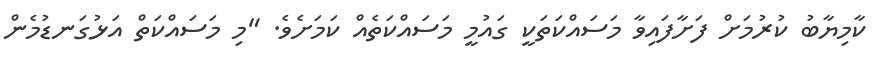
ކާމިޔާބު ކުރުމަށް ފަށާފައިވާ މަސައްކަތަކީ ގައުމީ މަސައްކަތެއް ކަމަށެވެ. "މި މަސައްކަތް އަޅުގަނޑުމެން